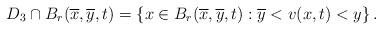
LaTeX: \begin{align*}D_{3}\cap B_{r}(\overline{x},\overline{y},t)=\left\{ x\in B_{r}(\overline{x},\overline{y},t):\overline{y}<v(x,t)<y\right\} .\end{align*}